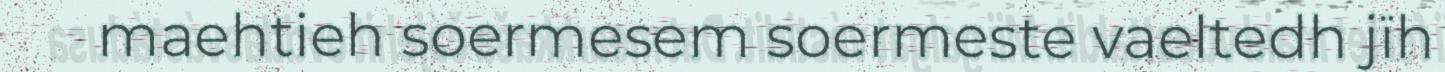
maehtieh soermesem soermeste vaeltedh jïh